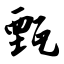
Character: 甄